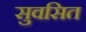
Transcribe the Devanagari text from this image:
सुवसित